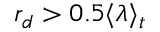
r _ { d } > 0 . 5 \langle \lambda \rangle _ { t }